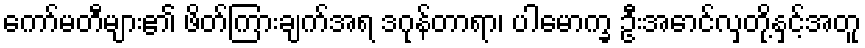
ကော်မတီများ၏ ဖိတ်ကြားချက်အရ ဒဂုန်တာရာ၊ ပါမောက္ခ ဦးအောင်လှတို့နှင့်အတူ